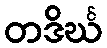
တဒိင်္ဃ